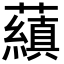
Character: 𬟕